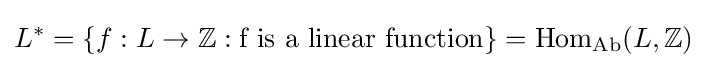
L^{*}=\{f:L\to \mathbb {Z} :{\text{f is a linear function}}\}={\text{Hom}}_{\text{Ab}}(L,\mathbb {Z} )